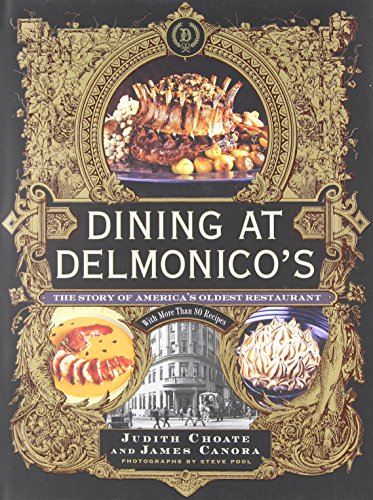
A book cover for Dining at Delmonico's: The Story of America's Oldest Restaurant; Judith Choate; Cookbooks, Food & Wine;